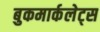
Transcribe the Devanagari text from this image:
बुकमार्कलेट्स